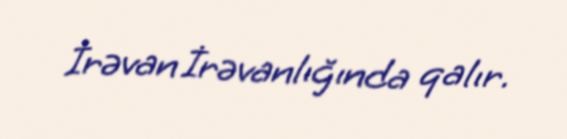
İrəvan İrəvanlığında qalır.